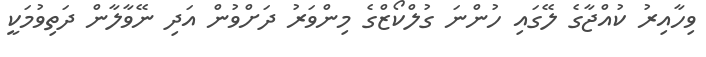
ވިހާއިރު ކުއްޖާގެ ލޭގައި ހުންނަ ގުލްކޯޒްގެ މިންވަރު ދަށްވުން އަދި ނޭވާލާން ދަތިވުމަކީ